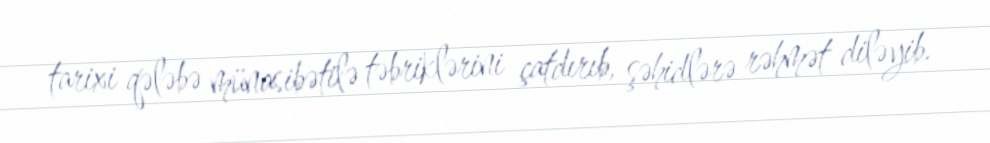
tarixi qələbə münasibətilə təbriklərini çatdırıb, şəhidlərə rəhmət diləyib.